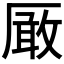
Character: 𠪚